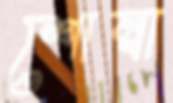
শোম্বা